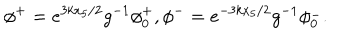
LaTeX: \phi ^ { + } = e ^ { 3 k x _ { 5 } / 2 } g ^ { - 1 } \phi _ { 0 } ^ { + } , \phi ^ { - } = e ^ { - 3 k x _ { 5 } / 2 } g ^ { - 1 } \phi _ { 0 } ^ { - } .